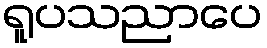
ရူပသညာပေ